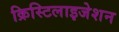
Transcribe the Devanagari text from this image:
क्रिस्टिलाइजेशन